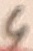
Text: 4